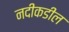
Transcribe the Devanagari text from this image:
नदीकडील